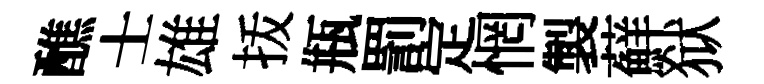
醮士雄㧞瓶罰定惘製蘚狱